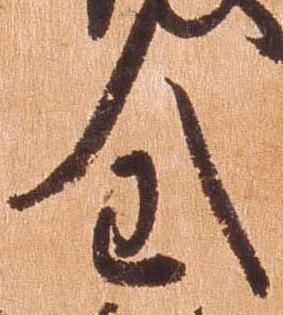
全